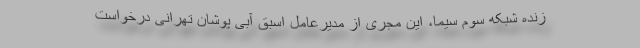
زنده شبکه سوم سیما، این مجری از مدیرعامل اسبق آبی پوشان تهرانی درخواست